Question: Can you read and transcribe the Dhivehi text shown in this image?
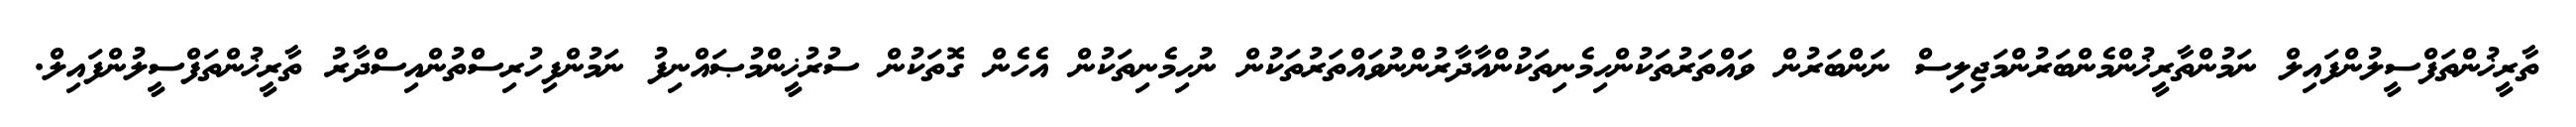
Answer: ތާރީޚުންތަފްސީލުންފައިލް ނަމުންތާރީޚުންމެންބަރުންމަޖިލިސް ނަންބަރުން ވައްތަރުތަކުންހިމެނިތަކުންއާދާރުންނުވައްތަރުތަކުން ނުހިމެނިތަކުން އެހެން ގޮތަކުން ސުރުޚީންމުޞައްނިފު ނަމުންފިހުރިސްތުންއިސްދާރު ތާރީޚުންތަފްސީލުންފައިލް.